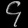
Digit: ၄